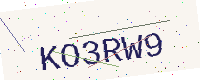
Text: KO3RW9